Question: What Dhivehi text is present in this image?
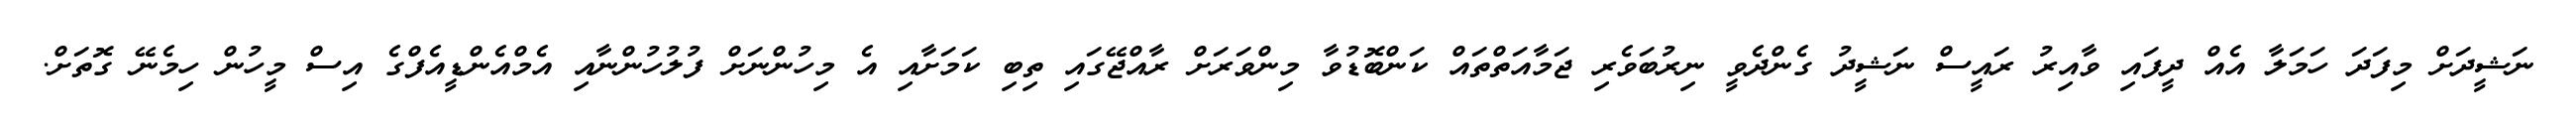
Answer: ނަޝީދަށް މިފަދަ ހަމަލާ އެއް ދީފައި ވާއިރު ރައީސް ނަޝީދު ގެންދެވީ ނިރުބަވެރި ޖަމާއަތްތައް ކަންބޮޑުވާ މިންވަރަށް ރާއްޖޭގައި ތިބި ކަމަށާއި އެ މިހުންނަށް ފުލުހުންނާއި އެމްއެންޑީއެފްގެ އިސް މީހުން ހިމެނޭ ގޮތަށް.